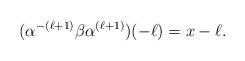
LaTeX: \begin{align*}(\alpha^{-(\ell+1)} \beta \alpha^{(\ell+1)})(-\ell)=x-\ell.\end{align*}